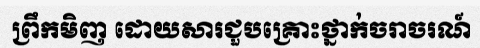
ព្រឹកមិញ ដោយសារជួបគ្រោះថ្នាក់ចរាចរណ៍